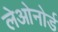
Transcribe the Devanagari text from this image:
लेओनोर्ड